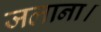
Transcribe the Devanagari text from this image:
जलाना।